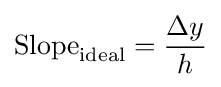
{\text{Slope}}_{\text{ideal}}={\frac {\Delta y}{h}}